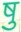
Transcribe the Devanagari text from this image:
षु